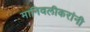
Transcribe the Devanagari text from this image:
मानिवलीकरांनी